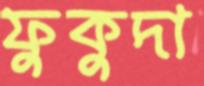
ফুকুদা